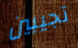
تجيبين